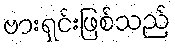
ဗားရှင်းဖြစ်သည်